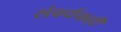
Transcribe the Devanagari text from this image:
संवर्धकही